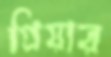
গ্রিয়ার